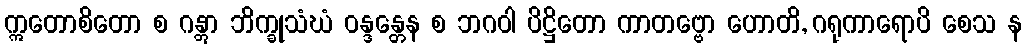
ဣတောစိတော စ ဂန္တွာ ဘိက္ခုသံဃံ ဝန္ဒန္တေန စ ဘဂဝါ ပိဋ္ဌိတော ကာတဗ္ဗော ဟောတိ, ဂရုကာရောပိ စေသ န